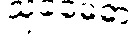
သုခမေဓာ